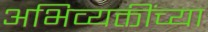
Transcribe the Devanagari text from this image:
अभिव्यक्तींच्या